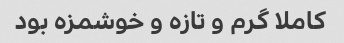
کاملا گرم و تازه و خوشمزه بود